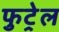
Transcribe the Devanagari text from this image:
फुट्रेल